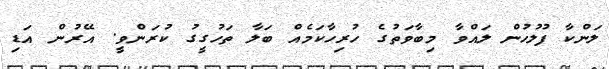
ލަންކާ ފުލުހުން ލައްވާ މިބާވަތުގެ ހުރިހާކަމެއް ބަލާ ތަހުގީގު ކުރަންވީ. އޭރުން އަޑި